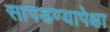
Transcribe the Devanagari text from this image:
सापडण्यापेक्षा